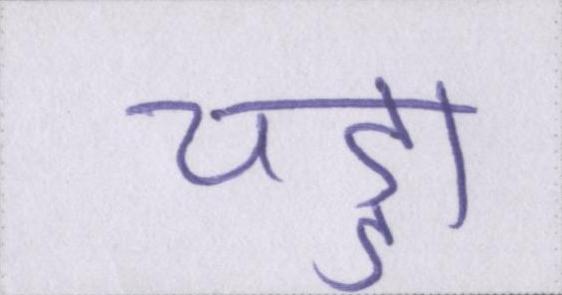
चड्डा